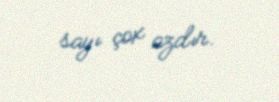
sayı çox azdır.